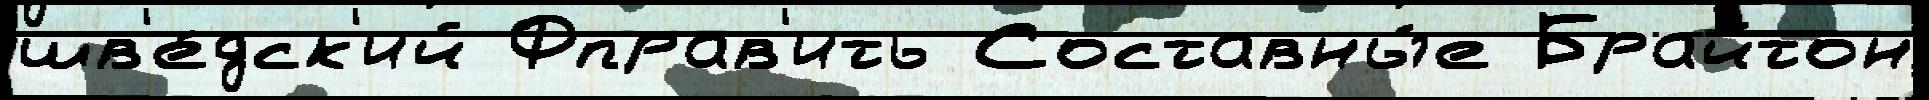
шв'е́дск'ий Фправ'ить Составны́е Брайтон